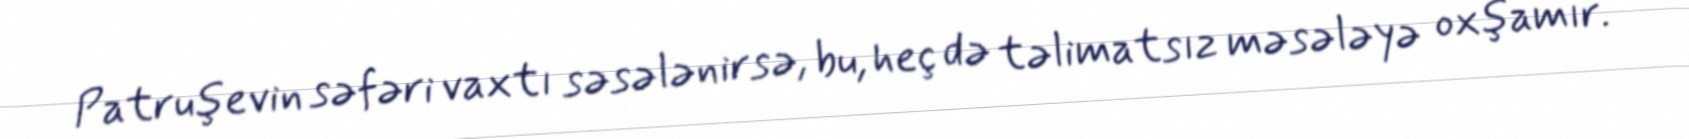
Patruşevin səfəri vaxtı səsələnirsə, bu, heç də təlimatsız məsələyə oxşamır.